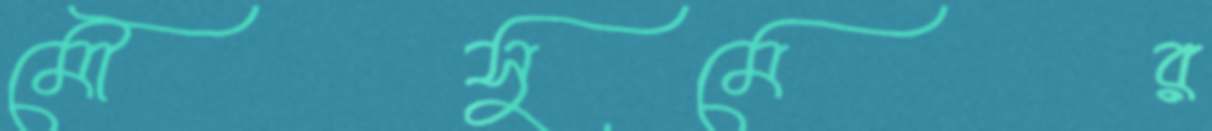
মৌসুমের